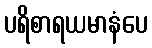
ပရိစာရယမာနံပေ